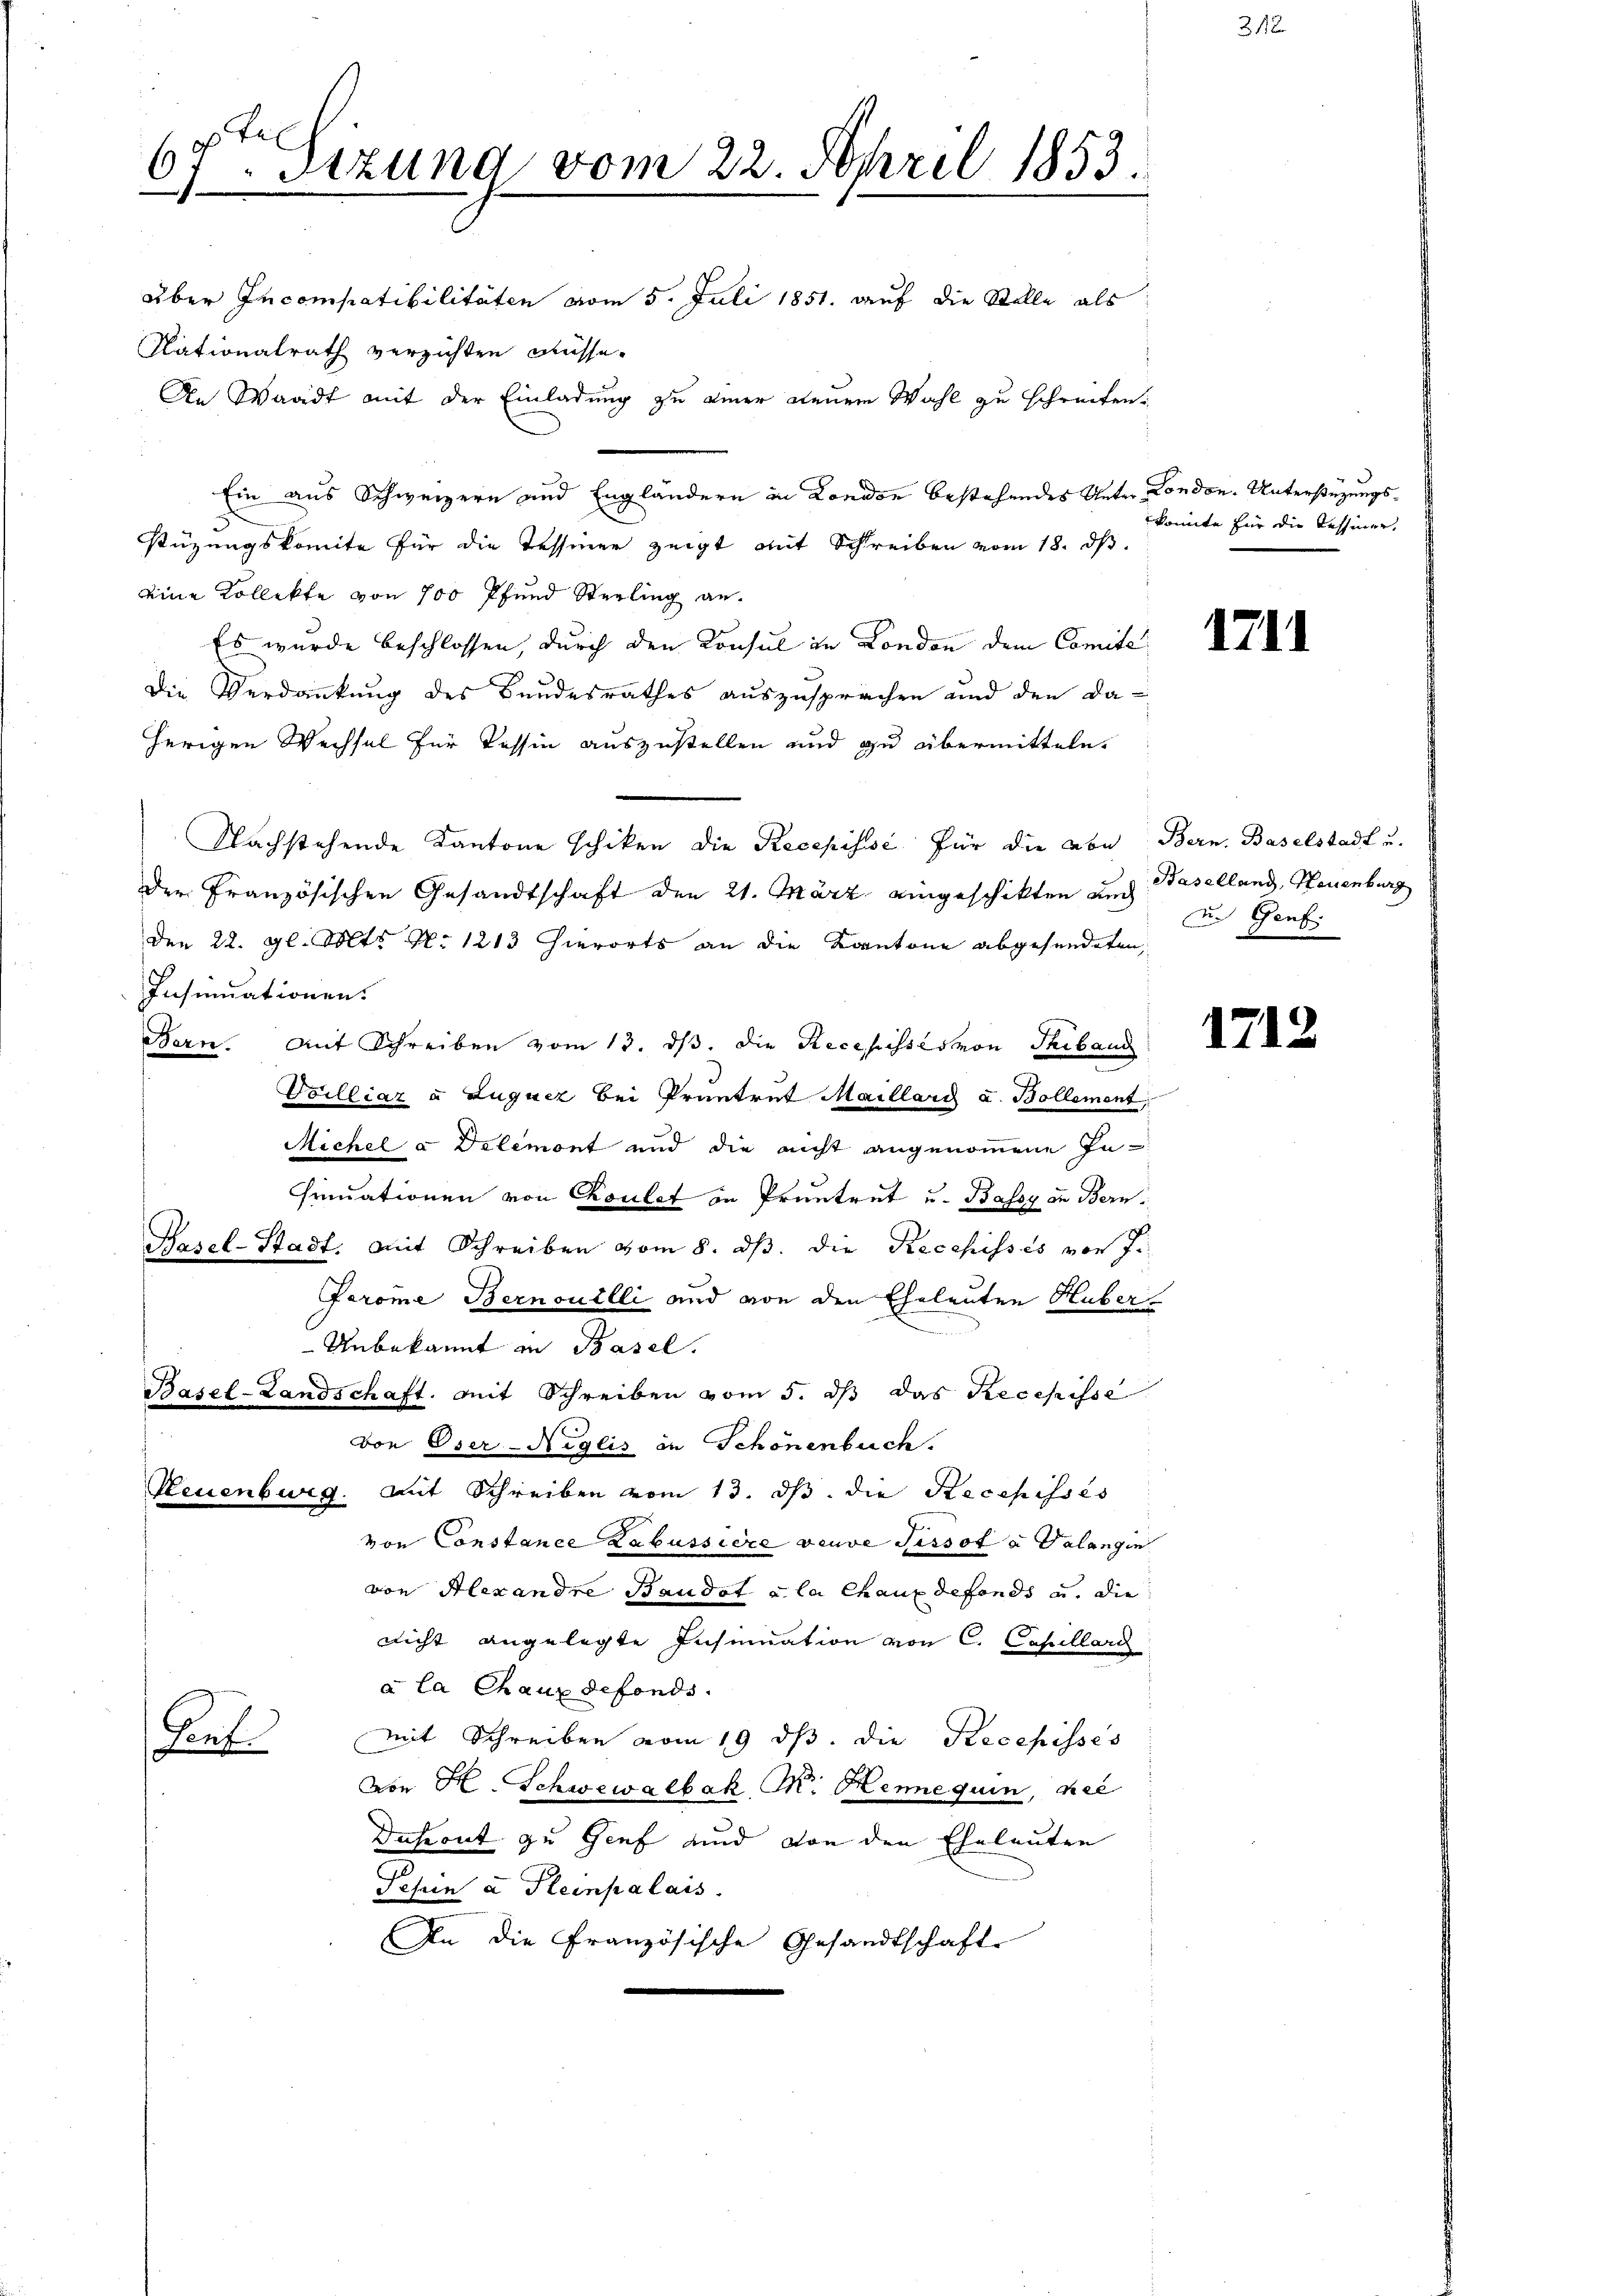
7Sizung vom 22. April 1853.
.

über Incompatibilitäten vom 5. Juli 1851. auf die Stelle als
Nationalrath verzichten müsse.
An Waadt mit der Einladung zu einer neuen Wahl zu schreiten.
Ein aus Schweizern und Engländern in London bestehendes Unter London. Unterstüzungsstüzungskomite für die Tessiner zeigt mit Schreiben vom 18. ds.
eine Kollekte von 100 Pfund Sterling an.
Es wurde beschlossen, durch den Konsul in London dem Comite
Die Verdankung des Bundesrathes auszusprachen und den Daherigen Wechsel für Tessin auszustellen und zu übermitteln.
Nachstehende Kantone schiken die Recepisse für die von Bern. Baselstadt u.
der Französischen Gesandtschaft den 21. März eingeschikten und
Den 22. gl. Mts. No 1213 hierorts an die Kantone abgesendeten,
Insinuationen.
Bern. Mit Schreiben vom 13. dβ. die Recepisses von Thibaug
Toilliaz u. Luquez bei Pruntrat Maillari a. Bollement
Michel à Delemont und die nicht angenommene In-
Finuationen von Coulet in Pruntrut u. Bassy an Bern,
Hasel-Stadt. Mit Schreiben vom 8. dβ. die Recepisses von J.
Farome Bernouilli und von den Eheleuten Huber
Unbekannt in Basel.
Basel-Landschaft. Mit Schreiben vom 5. dβ das Recepisse
von Oser-Niglis in Schönenbuch.
Neuenburg. Mit Schreiben vom 13. ds. die Recepisses
von Constance Labussiere veuve Pissot u. Valangin
von Alexandre Baudat u la Chaux defonds u. die
nicht angelegte Insinuation von C. Capellari
à la Chaux defonds.
mit Schreiben vom 19. ds. die Recepisses
Souf
von H. Schwewalbak, K. Henne quin, kei
Duhront zu Genf und von den Eheleuten
Sehin a. Fleinpalais.
An die Französische Gesandtschaft

konnte für die Tessiner,

1711

Baselland, Neuenburg
in Genf.

1712